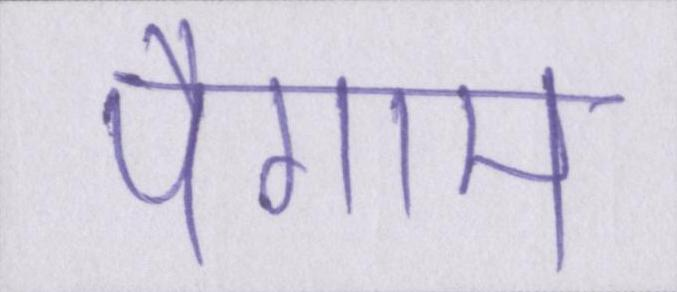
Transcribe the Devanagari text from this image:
पैगाम